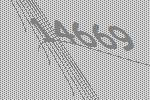
14669